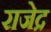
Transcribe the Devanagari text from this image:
राजेद्र